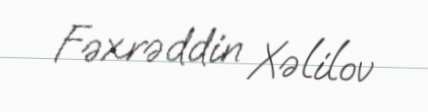
Fəxrəddin Xəlilov